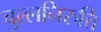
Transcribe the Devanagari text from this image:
चुल्लनिरुत्ति